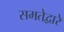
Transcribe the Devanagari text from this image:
समतेद्वारे